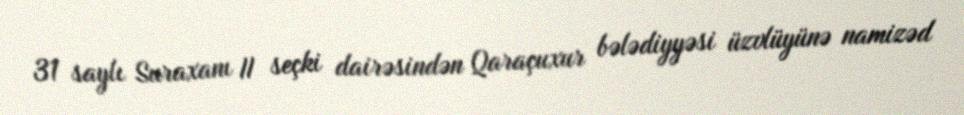
31 saylı Suraxanı II seçki dairəsindən Qaraçuxur bələdiyyəsi üzvlüyünə namizəd